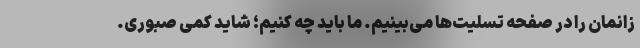
زانمان را در صفحه تسلیت‌ها می‌بینیم. ما باید چه کنیم؛ شاید کمی صبوری.